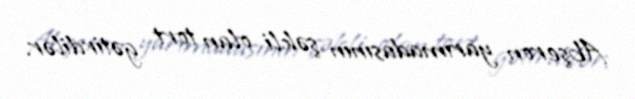
Abşeron yarımadasının şəkli olan tort gətirdilər.